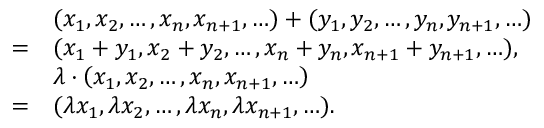
{ \begin{array} { r l } & { ( x _ { 1 } , x _ { 2 } , \ldots , x _ { n } , x _ { n + 1 } , \ldots ) + ( y _ { 1 } , y _ { 2 } , \ldots , y _ { n } , y _ { n + 1 } , \ldots ) } \\ { = } & { ( x _ { 1 } + y _ { 1 } , x _ { 2 } + y _ { 2 } , \ldots , x _ { n } + y _ { n } , x _ { n + 1 } + y _ { n + 1 } , \ldots ) , } \\ & { \lambda \cdot \left( x _ { 1 } , x _ { 2 } , \ldots , x _ { n } , x _ { n + 1 } , \ldots \right) } \\ { = } & { ( \lambda x _ { 1 } , \lambda x _ { 2 } , \ldots , \lambda x _ { n } , \lambda x _ { n + 1 } , \ldots ) . } \end{array} }